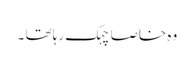
وہ خاصا چہک رہا تھا ۔